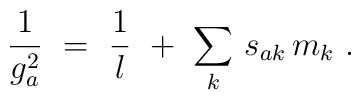
\frac{1}{g^2_a}\ =\ \frac{1}{l}\ +\ \sum_k\, s_{ak}\, m_k\ .